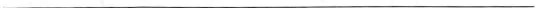
___